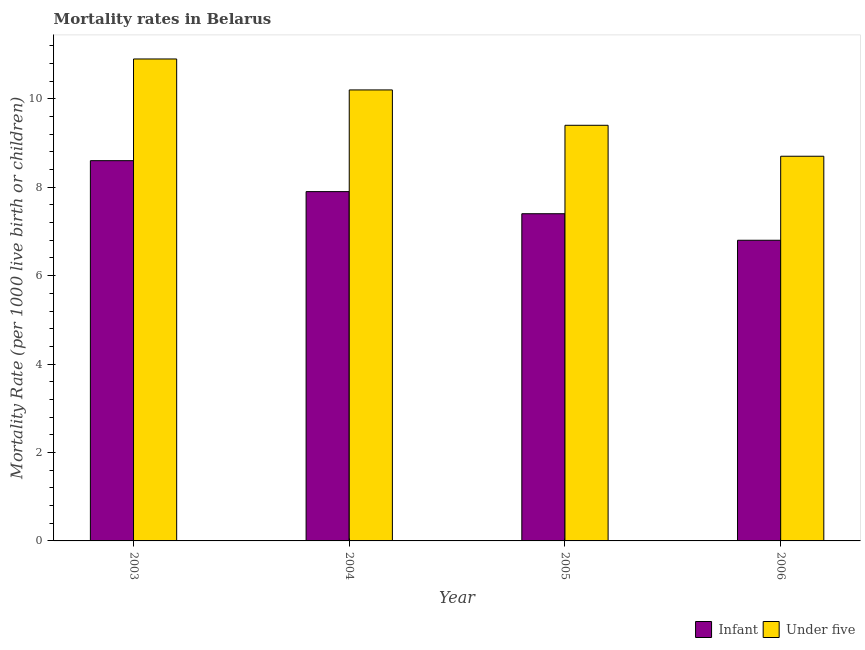
| Year | Infant | Under five |
 | --- | --- | --- |
 | 2003 | 8.6 | 10.9 |
 | 2004 | 7.9 | 10.2 |
 | 2005 | 7.4 | 9.4 |
 | 2006 | 6.8 | 8.7 |